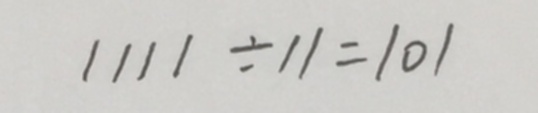
1 1 1 1 \div 1 1 = 1 0 1